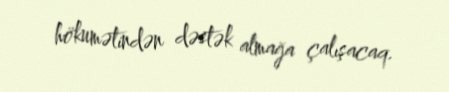
hökumətindən dəstək almağa çalışacaq.